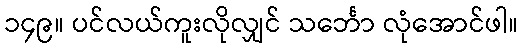
၁၄၉။ ပင်လယ်ကူးလိုလျှင် သင်္ဘော လုံအောင်ဖါ။